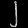
Digit: ၂